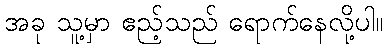
အခု သူ့မှာ ဧည့်သည် ရောက်နေလို့ပါ။